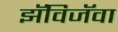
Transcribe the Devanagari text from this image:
झॅविजॅवा